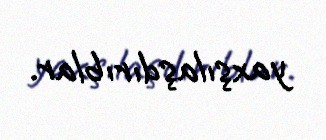
yaxşılaşdırıblar.